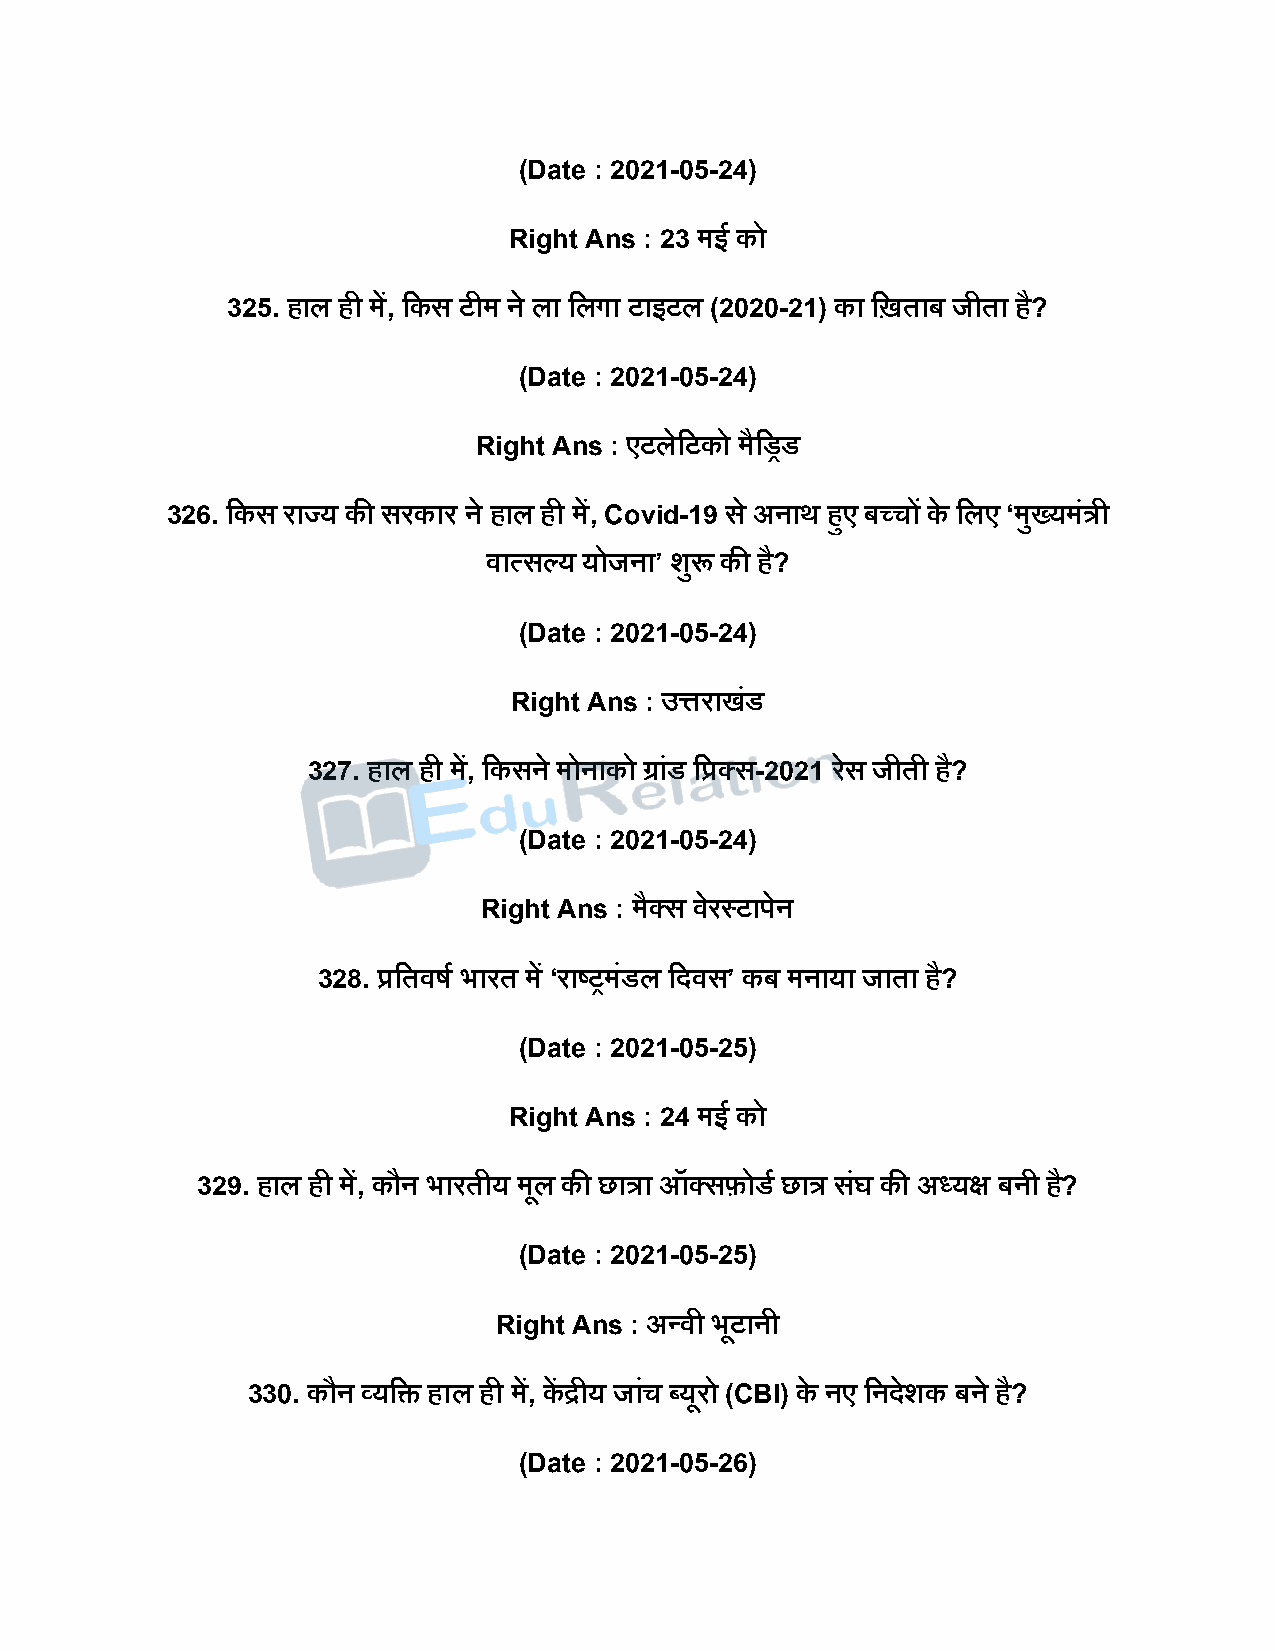
(Date : 2021-05-24)
 Right Ans : 23 मई को
 325. हाल ही में, दकस टीम ने ला दलगा टाइटल (2020-21) का दिताब जीता है?
 (Date : 2021-05-24)
 Right Ans : एटलेदटको मैदड्रड
 326. दकस राज्य की सरकार ने हाल ही में, Covid-19 स े अनाथ हुए बच्चों के दलए ‘मुख्यमंत्री
 वात्सल्य योजना’ शुरू की है?
 (Date : 2021-05-24)
 Right Ans : उत्तराखंड
 327. हाल ही में, दकसने मोनाको ग्रांड दप्रक्स-2021 रसे जीती है?
 (Date : 2021-05-24)
 Right Ans : मैक्स वेरस्टािेन
 328. प्रदतवर्ष भारत में ‘राष्ट्रमंडल दिवस’ कब मनाया जाता है?
 (Date : 2021-05-25)
 Right Ans : 24 मई को
 329. हाल ही में, कौन भारतीय मूल की छात्रा ऑक्सफोडष छात्र सघं की अध्यक्ष बनी ह?ै
 (Date : 2021-05-25)
 Right Ans : अन्वी भूटानी
 330. कौन व्यदि हाल ही में, कें द्रीय जांच ब्यूरो (CBI) के नए दनिेशक बने है?
 (Date : 2021-05-26)